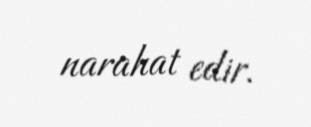
narahat edir.